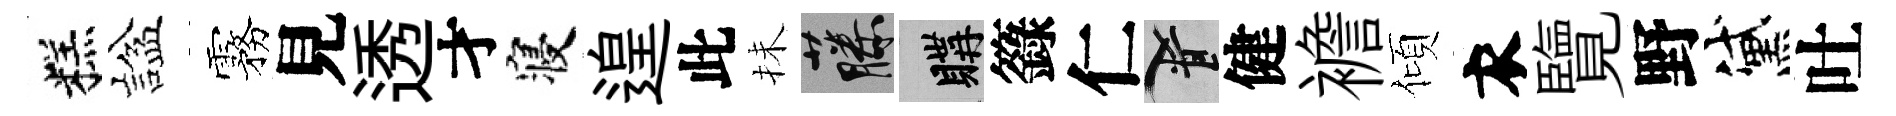
糕諡霧見透才寝遑此抺藤購籙仁柳健襜傾衣覽野黛吐